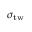
\sigma _ { \mathrm { t w } }